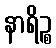
နာရိဉ္စ